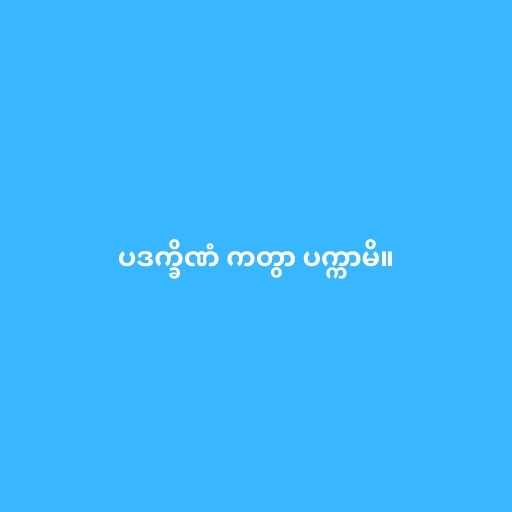
ပဒက္ခိဏံ ကတွာ ပက္ကာမိ။